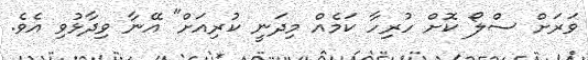
ވަރަށް ސްލޯ ކޮށް ހުރިހާ ކަމެއް މިދަނީ ކުރިއަށް" އޭނާ ވިދާޅުވި އެވެ.